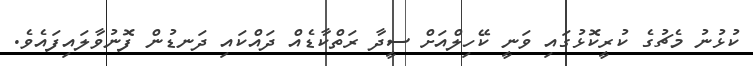
ކުޅުނު މެޗުގެ ކުރީކޮޅުގައި ވަނީ ކޭހިލްއަށް ސީދާ ރަތްކާޑެއް ދައްކައި ދަނޑުން ފޮނުވާލައިފައެވެ.